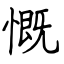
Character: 慨